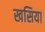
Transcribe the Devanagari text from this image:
खसिया